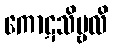
ကောဋသိမ္ဗလိ